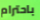
باحترام